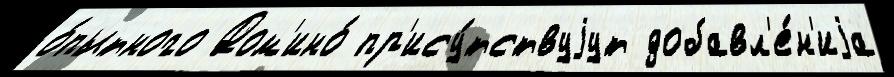
о́пытного Дом'ино́ пр'ису́тствуjут добавл'е́н'иjа